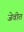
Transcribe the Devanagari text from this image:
जेवीत